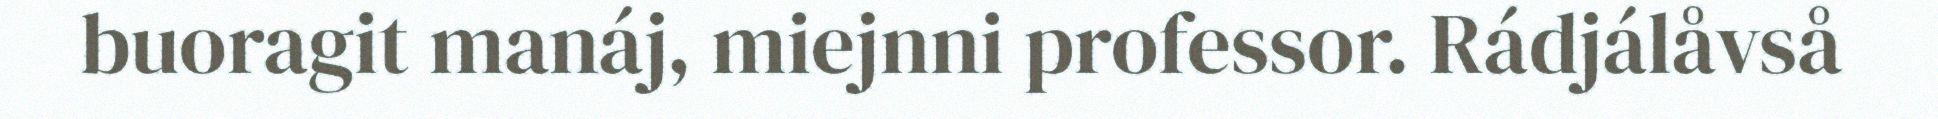
buoragit manáj, miejnni professor. Rádjálåvså